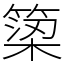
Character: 𥱋